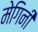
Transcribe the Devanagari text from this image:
मेगिनी